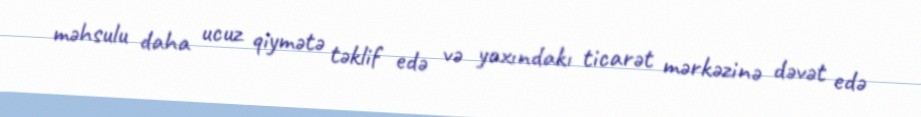
məhsulu daha ucuz qiymətə təklif edə və yaxındakı ticarət mərkəzinə dəvət edə